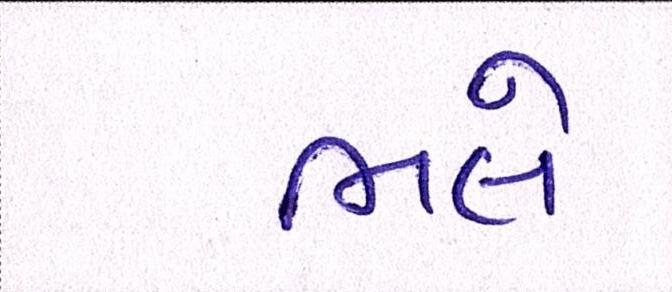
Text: ભલે